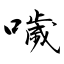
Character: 噦